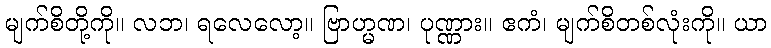
မျက်စိတို့ကို။ လဘ၊ ရလေလော့။ ဗြာဟ္မဏ၊ ပုဏ္ဏား။ ဧကံ၊ မျက်စိတစ်လုံးကို။ ယာ